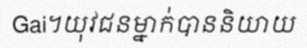
Gai។យុវជនម្នាក់បាននិយាយ